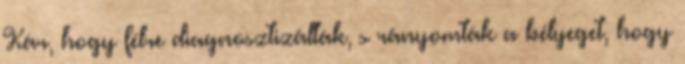
Kár, hogy félre diagnosztizálták, s rányomták a bélyeget, hogy